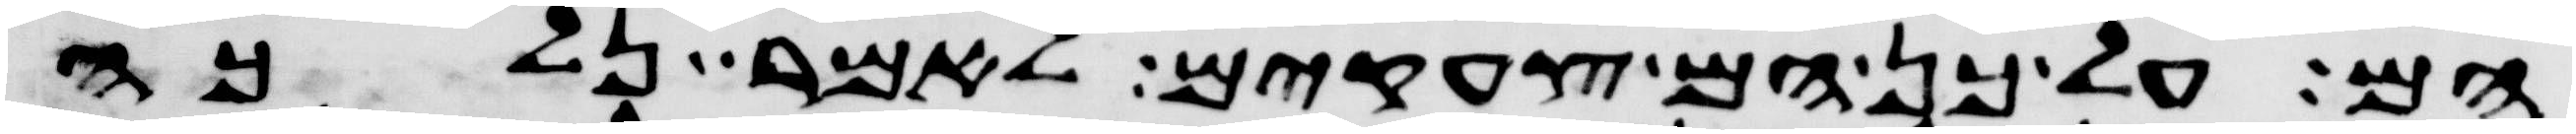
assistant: הם על כן הם צעקים לאמר נלכה